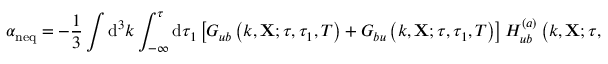
\alpha _ { \mathrm { n e q } } = - \frac { 1 } { 3 } \int \mathrm { d } ^ { 3 } k \int _ { - \infty } ^ { \tau } \mathrm { d } \tau _ { 1 } \left[ G _ { u b } \left( k , \mathbf { X } ; \tau , \tau _ { 1 } , T \right) + G _ { b u } \left( k , \mathbf { X } ; \tau , \tau _ { 1 } , T \right) \right] H _ { u b } ^ { ( a ) } \left( k , \mathbf { X } ; \tau , \tau _ { 1 } , T \right) ,